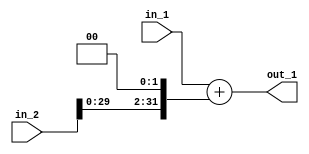
`timescale 1ns / 1ps
//////////////////////////////////////////////////////////////////////////////////
// Aryan Mehrotra
// 
// Module Name: Adder Module - Type 2
// Project Name: Assignment 7
//////////////////////////////////////////////////////////////////////////////////


module adder2(in_1, in_2, out_1);
    input[31:0] in_1, in_2;
    output[31:0] out_1; 
    wire[31:0] shifted_input;
    
    assign shifted_input = in_2 << 2; 
        
    assign out_1 = in_1 + shifted_input;
endmodule